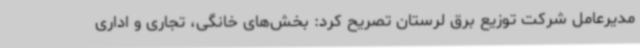
مدیرعامل شرکت توزیع برق لرستان تصریح کرد: بخش‌های خانگی، تجاری و اداری